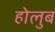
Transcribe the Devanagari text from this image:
होलुब